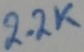
Text: 2.2K